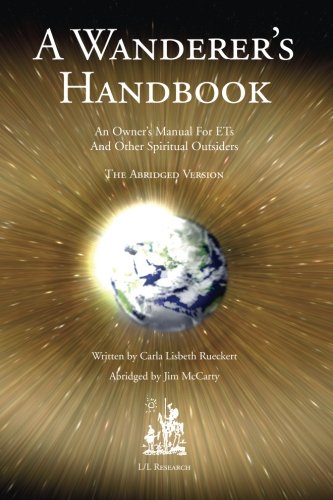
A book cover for A Wanderer's Handbook; Carla L. Rueckert; Science & Math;